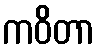
ကဝိတာ